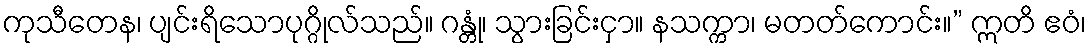
ကုသီတေန၊ ပျင်းရိသောပုဂ္ဂိုလ်သည်။ ဂန္တုံ၊ သွားခြင်းငှာ။ နသက္ကာ၊ မတတ်ကောင်း။” ဣတိ ဧဝံ၊